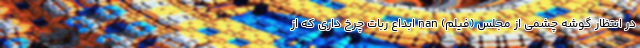
در انتظار گوشه چشمی از مجلس (فیلم) nan ابداع ربات چرخ‌ داری که از